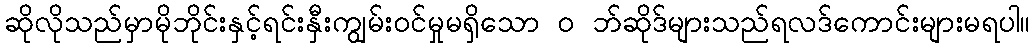
ဆိုလိုသည်မှာမိုဘိုင်းနှင့်ရင်းနှီးကျွမ်းဝင်မှုမရှိသော ၀ ဘ်ဆိုဒ်များသည်ရလဒ်ကောင်းများမရပါ။